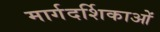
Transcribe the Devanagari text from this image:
मार्गदर्शिकाओं